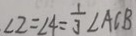
\angle 2 = \angle 4 = \frac { 1 } { 3 } \angle A C B